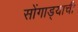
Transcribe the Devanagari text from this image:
सोंगाड्याची